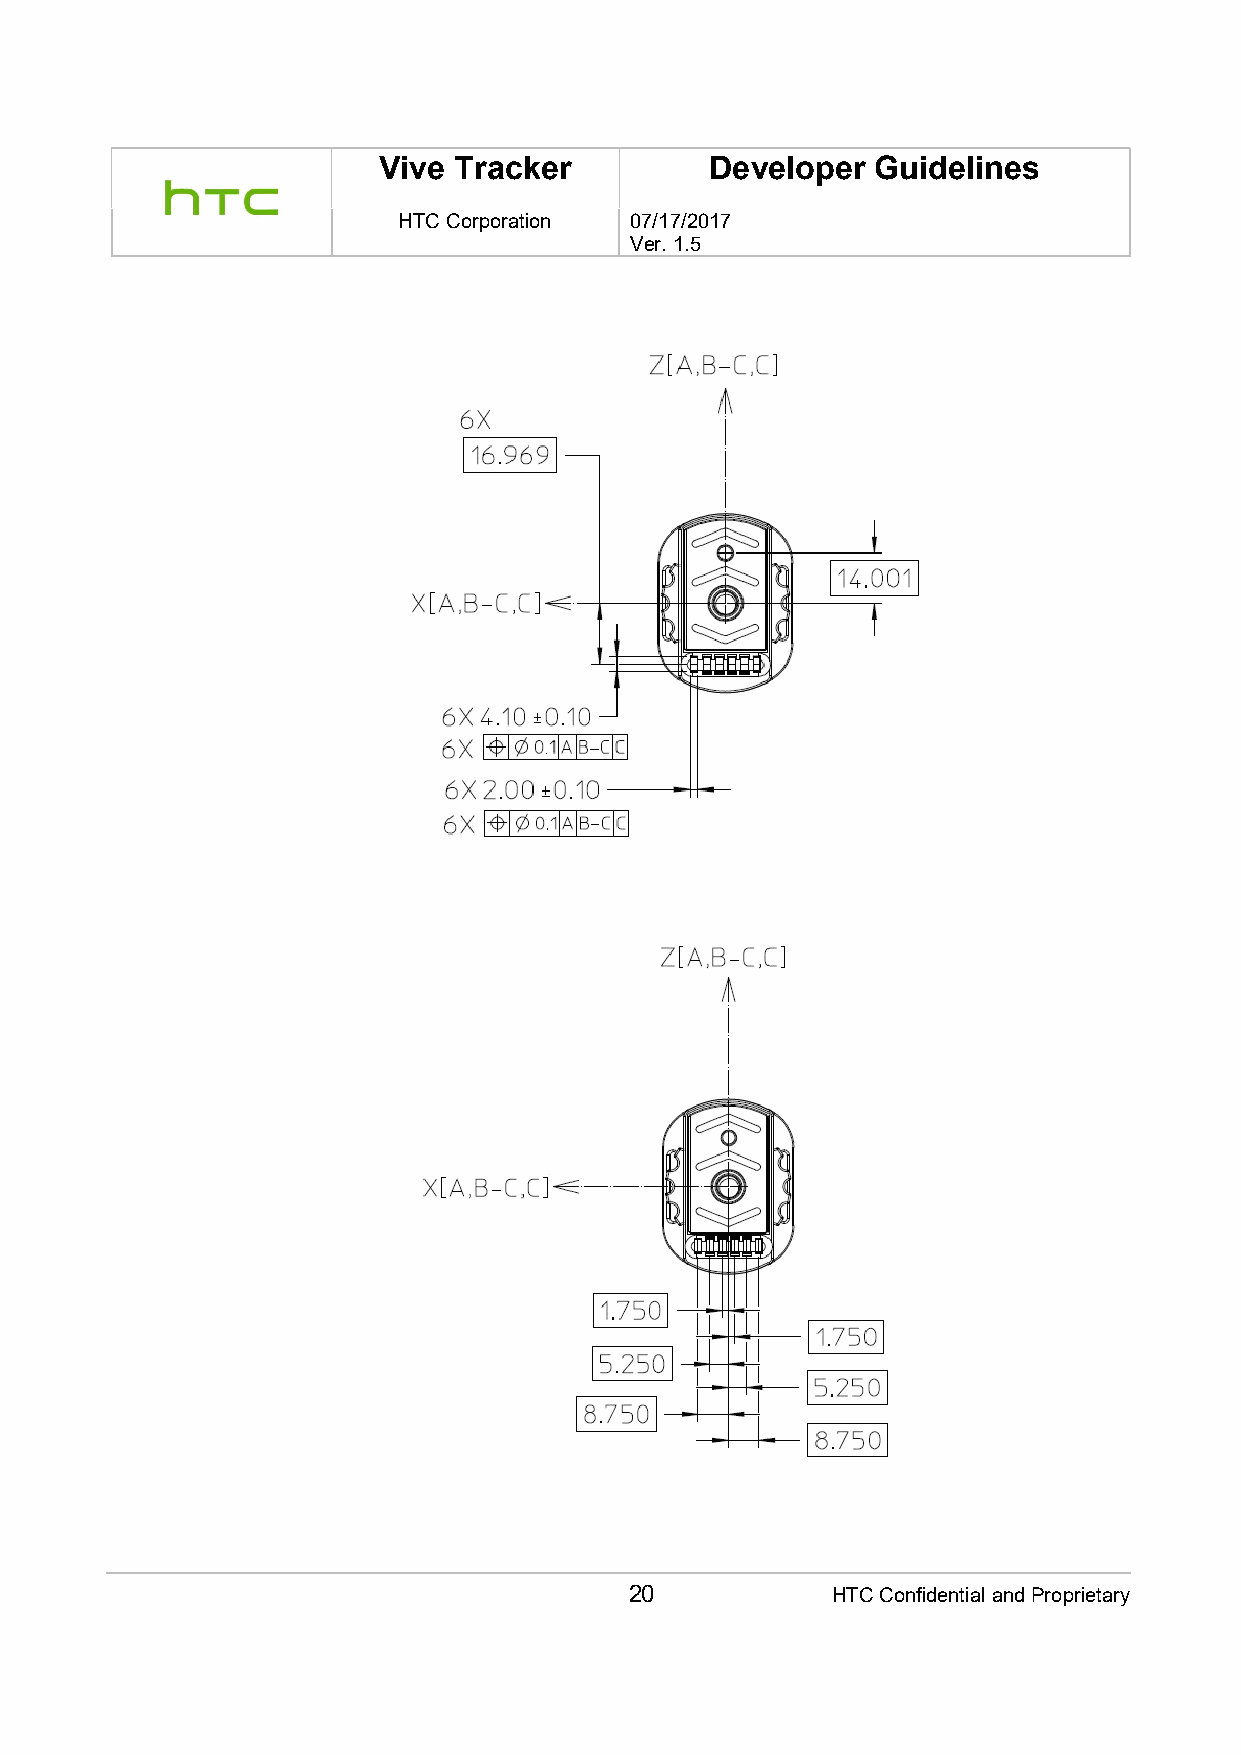
Vive Tracker          Developer  Guidelines
 HTC Corporation 07/17/2017
 Ver. 1.5
 20           HTC Confidential and Proprietary